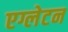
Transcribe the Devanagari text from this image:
एग्लेटन